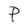
Character: P